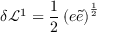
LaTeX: \delta \mathcal { L } ^ { 1 } = \frac { 1 } { 2 } \left( e \widetilde { e } \right) ^ { \frac { 1 } { 2 } }